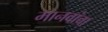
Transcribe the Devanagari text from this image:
मानवांचा